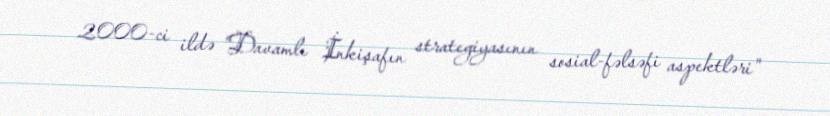
2000-ci ildə "Davamlı İnkişafın strategiyasının sosial-fəlsəfi aspektləri"